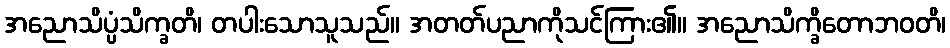
အညောသိပ္ပံသိက္ခတိ၊ တပါးသောသူသည်။ အတတ်ပညာကိုသင်ကြား၏။ အညောသိက္ခိတောဘဝတိ၊